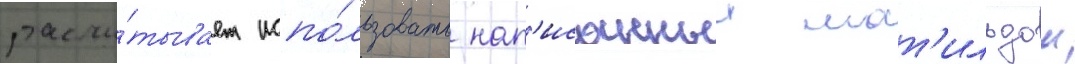
рассчи́тывает испо́льзовать нап'исанныи мат'ильдои